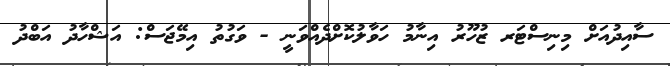
ސާއިދުއަށް މިނިސްޓަރ ޒުހޫރު އިނާމު ހަވާލުކޮށްދެއްވަނީ - ވަގުތު އިމޭޖަސް: އަޝްހާދު އަބްދު